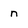
Character: n